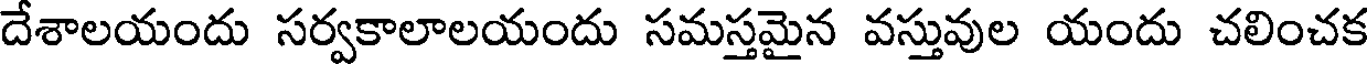
దేశాలయందు సర్వకాలాలయందు సమస్తమైన వస్తువుల యందు చలించక